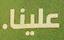
علينا